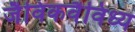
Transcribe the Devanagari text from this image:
जैविकवैविध्य